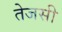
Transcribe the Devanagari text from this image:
तेजसी